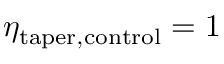
\eta _ { \mathrm { t a p e r , c o n t r o l } } = 1